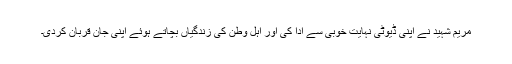
مریم شہید نے اپنی ڈیوٹی نہایت خوبی سے ادا کی اور اہل وطن کی زندگیاں بچاتے ہوئے اپنی جان قربان کردی۔